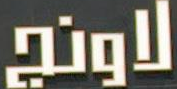
لاونج